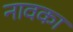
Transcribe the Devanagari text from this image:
नावका